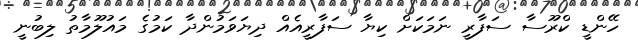
ހޭންޑީ ކްރޫސާ ސަފާރީ ނަމަކަށް ކިޔާ ސަފާރީއެއް ދިޔަވަމުންދާ ކަމުގެ މައުލޫމާތު ލިބުނީ